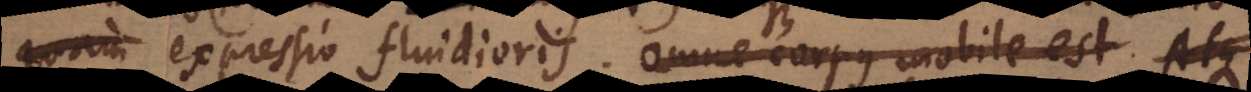
expressio fluidioris. Omne corpus mobile est. Atque